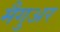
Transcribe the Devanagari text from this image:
मैगुअर